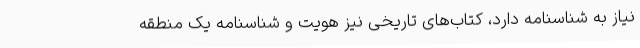
نیاز به شناسنامه دارد، کتاب‌های تاریخی نیز هویت و شناسنامه یک منطقه